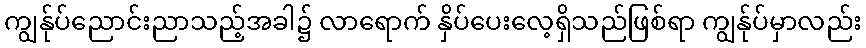
ကျွန်ုပ်ညောင်းညာသည့်အခါ၌ လာရောက် နှိပ်ပေးလေ့ရှိသည်ဖြစ်ရာ ကျွန်ုပ်မှာလည်း